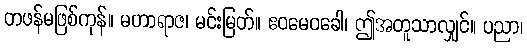
တဖန်မဖြစ်ကုန်။ မဟာရာဇ၊ မင်းမြတ်။ ဧဝမေဝခေါ၊ ဤအတူသာလျှင်။ ပညာ၊